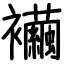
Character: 襺